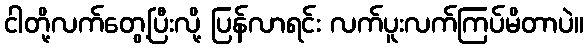
ငါတို့လက်တွေ့ပြီးလို့ ပြန်လာရင်း လက်ပူးလက်ကြပ်မိတာပဲ။